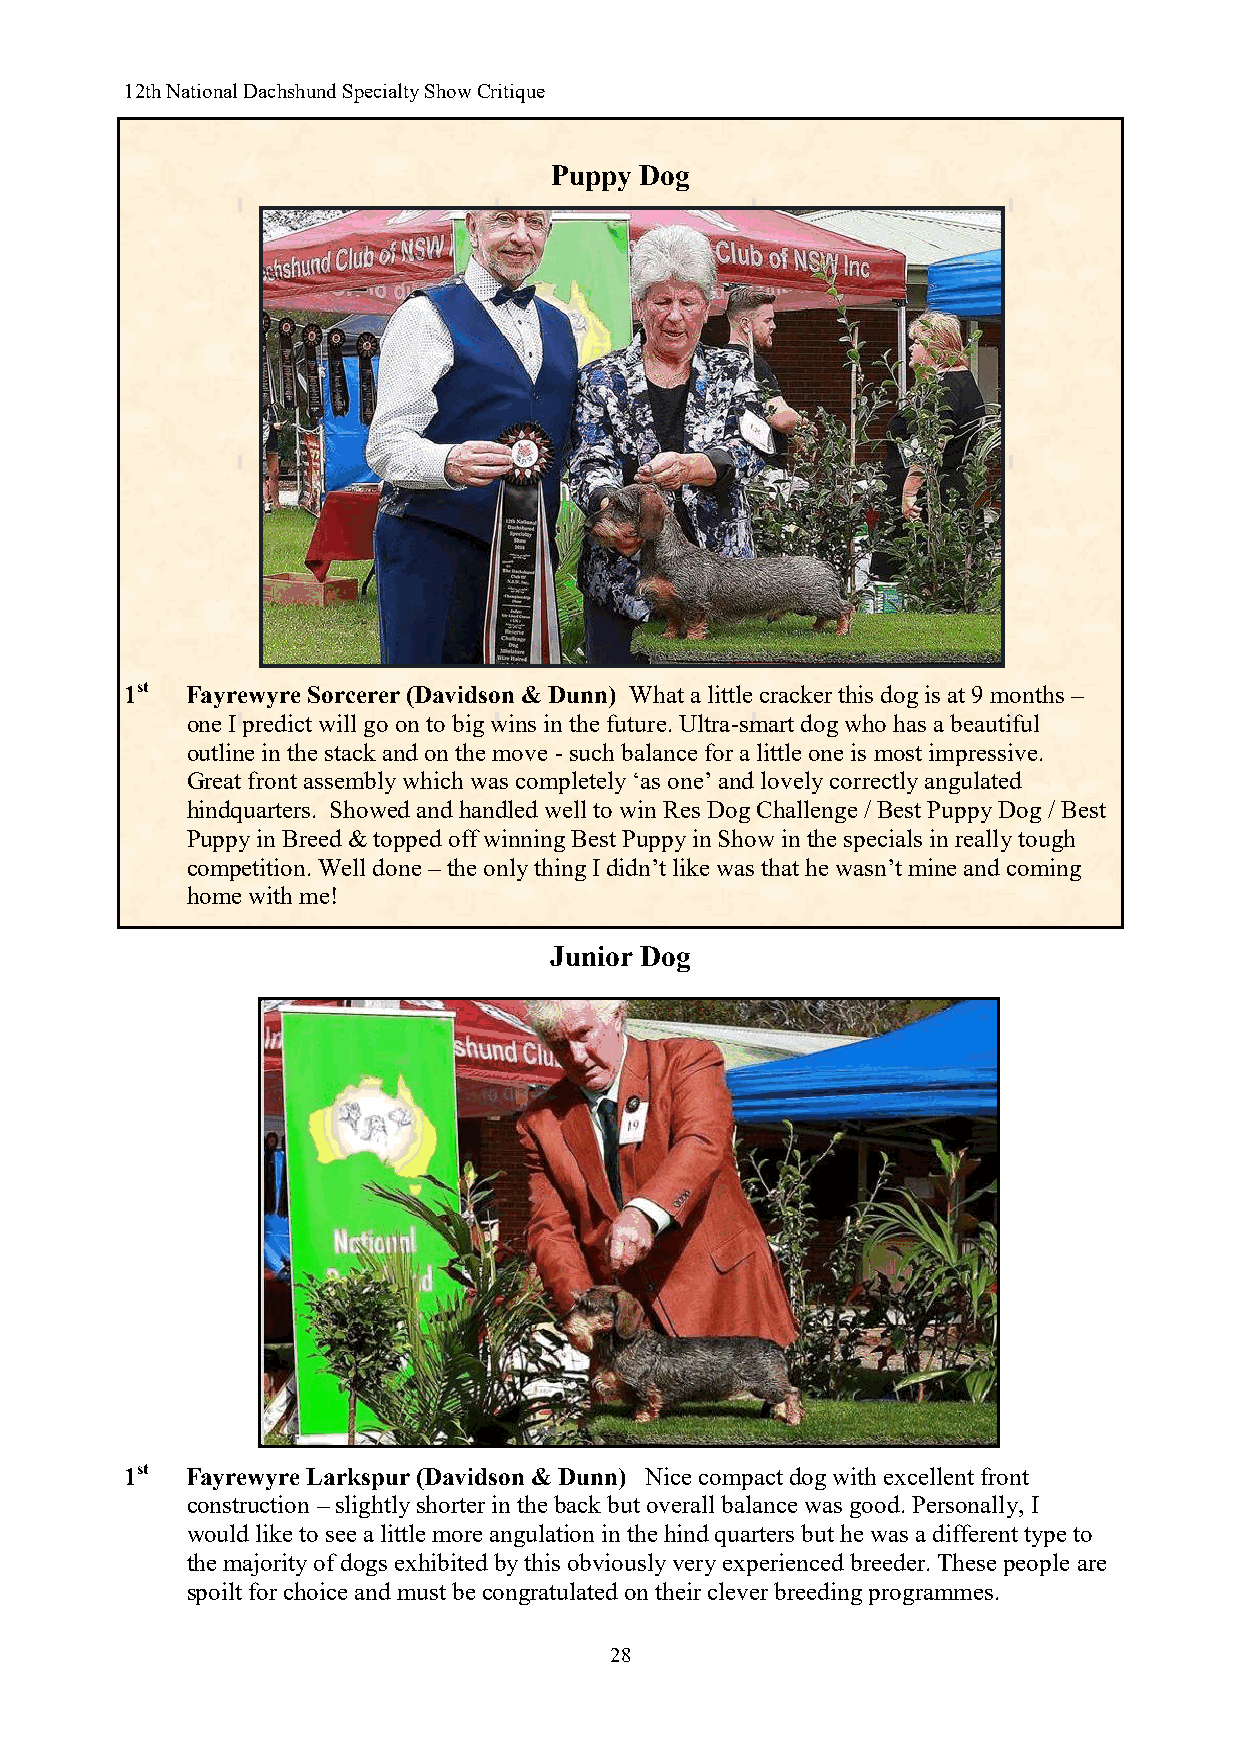
12th National Dachshund Specialty Show Critique
 Puppy Dog
 1st Fayrewyre Sorcerer (Davidson & Dunn) What a little cracker this dog is at 9 months –
 one I predict will go on to big wins in the future. Ultra-smart dog who has a beautiful
 outline in the stack and on the move - such balance for a little one is most impressive.
 Great front assembly which was completely ‘as one’ and lovely correctly angulated
 hindquarters. Showed and handled well to win Res Dog Challenge / Best Puppy Dog / Best
 Puppy in Breed & topped off winning Best Puppy in Show in the specials in really tough
 competition. Well done – the only thing I didn’t like was that he wasn’t mine and coming
 home with me!
 Junior Dog
 1st Fayrewyre Larkspur (Davidson & Dunn) Nice compact dog with excellent front
 construction – slightly shorter in the back but overall balance was good. Personally, I
 would like to see a little more angulation in the hind quarters but he was a different type to
 the majority of dogs exhibited by this obviously very experienced breeder. These people are
 spoilt for choice and must be congratulated on their clever breeding programmes.
 28